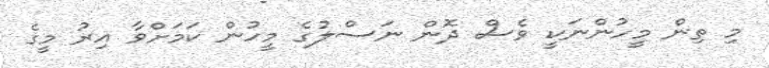
މި ތިން މީހުންނަކީ ވެސް ދޮން ނަސްލުގެ މީހުން ކަމަށްވާ އިރު މީގެ